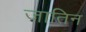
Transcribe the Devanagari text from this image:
जातिन